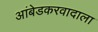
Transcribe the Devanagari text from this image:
आंबेडकरवादाला